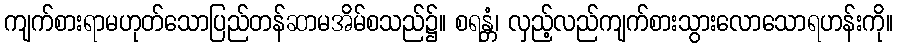
ကျက်စားရာမဟုတ်သောပြည်တန်ဆာမအိမ်စသည်၌။ စရန္တံ၊ လှည့်လည်ကျက်စားသွားလောသောရဟန်းကို။